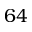
6 4